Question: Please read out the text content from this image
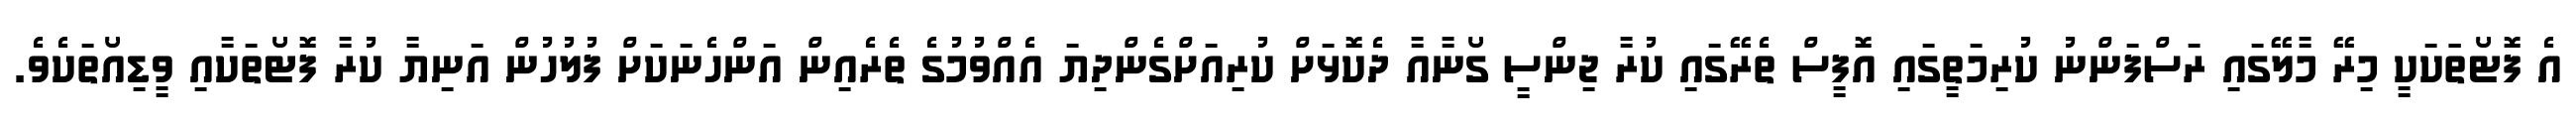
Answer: އެ ފޮޓޯތަަކަކީ މިރޭ މާލޭގައި ރަސްފަންނު ކުރިމަތީގައި އޮފީސް ތެރޭގައި ކުރާ ޖިންސީ ގޯނާއާ ދެކޮޅަށް ކުރިއަށްގެންދިޔަ އެއްވުމުގެ ތެރެއިން އަންހެނަކަށް ފުލުހުން އަނިޔާ ކުރާ ފޮޓޯތަކާއި ވީޑިއޯތަކެވެ.